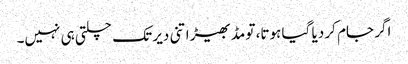
اگر جام کر دیا گیا ہوتا، تو مڈبھیڑ اتنی دیر تک چلتی ہی نہیں۔